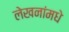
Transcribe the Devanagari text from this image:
लेखनांमधे